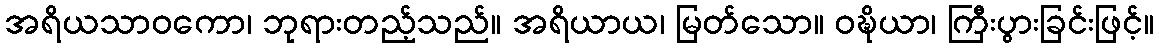
အရိယသာဝကော၊ ဘုရားတည့်သည်။ အရိယာယ၊ မြတ်သော။ ဝဍ္ဎိယာ၊ ကြီးပွားခြင်းဖြင့်။